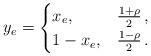
LaTeX: \begin{align*}y_e = \begin{cases} x_e, & \frac{1+\rho}{2}\,,\\ 1-x_e, & \frac{1-\rho}{2}\,.\end{cases}\end{align*}